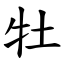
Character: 牡